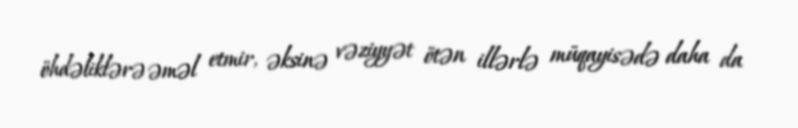
öhdəliklərə əməl etmir, əksinə vəziyyət ötən illərlə müqayisədə daha da